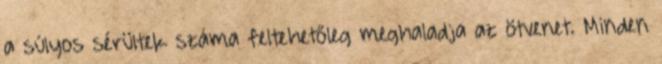
a súlyos sérültek száma feltehetőleg meghaladja az ötvenet. Minden